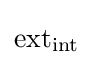
\operatorname {ext} _{\operatorname {int} }